Sanitation, dispensaries and jails vaccination Rajputana 1922-1927 - 1922-1927
Year: 1922
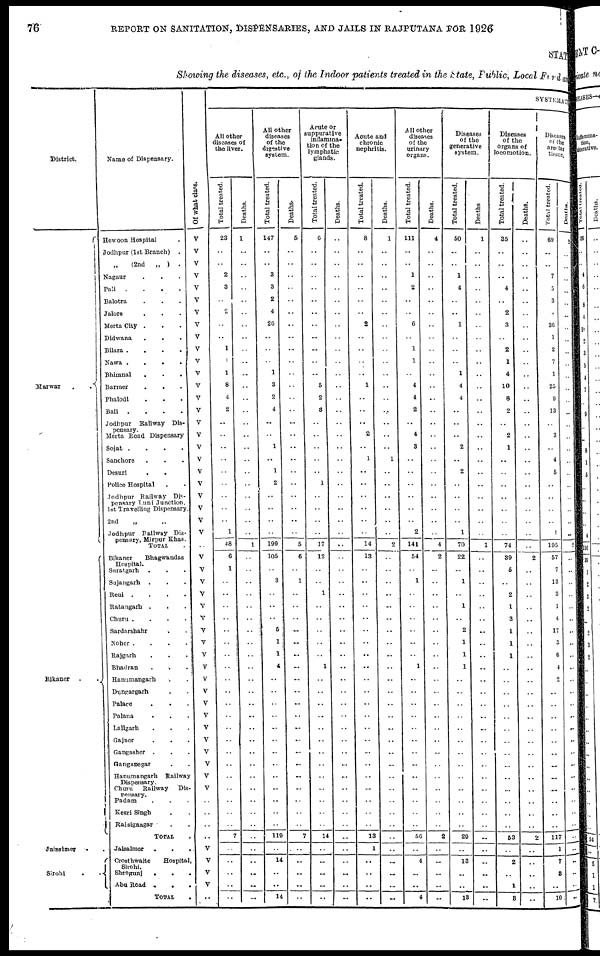
76
REPORT ON SANITATION, DISPENSARIES, AND JAILS IN RAJPUTANA FOR 1926
STATE
Showing the diseases, etc., of the Indoor patients treated in the State, Public, Local Fund and
District.
Marwar
.
.
Bikaner
.
.
Jaisalmer . .
Sirohi . .
Name of Dispensary.
Hewoon Hospital
Jodhpur (1st Branch)
. .
„ (2nd
„ )
.
Nagaur . . .
Pali
.
.
.
.
Balotra . . .
Jalore . . .
Merta City . . .
Didwana . . .
Bilara .
.
.
.
Nawa .
.
.
.
Bhimnal . . .
Barmer
.
. .
Phalodi . . .
Bali
.
.
.
.
Jodhpur Railway Dis-
--------
Merta Road Dispensary
Sojat . . . .
Sanchore . . .
Desuri . .
Police Hospital . .
Jodhpur Railway Dis-
pensary Luni Junction.
1st Travelling Dispensary.
2nd „ „
Jodhpur Railway Dis-
pensary Mirpur Khas.
TOTAL .
Bikaner
Bhagwandas
Hospital.
Suratgarh
.
. .
Sujangarh
. . .
Reni .
.
.
.
Ratangarh . . .
Churu . . . .
Sardarshahr . .
Noher .
.
.
.
Rajgarh . . .
Bhadran . . .
Hanumangarh . .
Dungargarh . .
Palace
. . .
Palana . . .
Lallgarh . . .
Gajner . . .
Gangasher . . .
Ganganegar . .
Hanumangarh
Railway
Dispensary.
Churu
Railway
Dis-
pensary.
Padam . . .
Kesri Singh . .
Raisignagar . .
TOTAL .
Jaisalmer
.
.
.
Crosthwaite
Hospital,
Sirohi.
Sheogunj
.
.
.
Abu Road .
. .
TOTAL .
Of what class.
V
V
V
V
V
V
V
V
V
V
V
V
V
V
V
V
V
V
V
V
V
V
V
V
V
..
V
V
V
V
V
V
V
V
V
V
V
V
V
V
V
V
V
V
V
V
..
..
..
..
V
V
V
V
..
SYSTEMATIC
All other
diseases of
the liver.
Total treated.
23
..
..
2
3
..
2
..
..
1
1
1
8
4
2
..
..
..
..
..
..
..
..
..
1
48
6
1
..
..
..
..
..
..
..
..
..
..
..
..
..
..
..
..
..
..
..
..
..
7
..
..
..
..
..
Deaths.
1
..
..
..
..
..
..
..
..
..
..
..
..
..
..
..
..
..
..
..
..
..
..
..
..
1
..
..
..
..
..
..
..
..
..
..
..
..
..
..
..
..
..
..
..
..
..
..
..
..
..
..
..
..
..
All other
diseases
of the
digestive
system.
Total treated.
147
..
..
3
3
2
4
26
..
..
..
1
3
2
4
..
..
1
..
1
2
..
..
..
..
199
105
..
3
..
..
..
5
1
1
4
..
..
..
..
..
..
..
..
..
..
..
..
..
119
..
14
..
..
14
Deaths.
5
..
..
..
..
..
..
..
..
..
..
..
..
..
..
..
..
..
..
..
..
..
..
..
..
5
6
..
1
..
..
..
..
..
..
..
..
..
..
..
..
..
..
..
..
..
..
..
..
7
..
..
..
..
..
Acute or
suppurative
inflamma-
tion of the
lymphatic
glands.
Total treated.
6
..
..
..
..
..
..
..
..
..
..
..
5
2
3
..
..
..
..
..
1
..
..
..
..
17
12
..
..
1
..
..
..
..
..
1
..
..
..
..
..
..
..
..
..
..
..
..
..
14
..
..
..
..
..
Deaths.
..
..
..
..
..
..
..
..
..
..
..
..
..
..
..
..
..
..
..
..
..
..
..
..
..
..
..
..
..
..
..
..
..
..
..
..
..
..
..
..
..
..
..
..
..
..
..
..
..
..
..
..
..
..
..
Acute and
chronic
nephritis.
Total treated.
8
..
..
..
..
..
..
2
..
..
..
..
1
..
..
..
2
..
1
..
..
..
..
..
..
14
13
..
..
..
..
..
..
..
..
..
..
..
..
..
..
..
..
..
..
..
..
..
..
13
1
..
..
..
..
Deaths.
1
..
..
..
..
..
..
..
..
..
..
..
..
..
..
..
..
..
1
..
..
..
..
..
..
2
..
..
..
..
..
..
..
..
..
..
..
..
..
..
..
..
..
..
..
..
..
..
..
..
..
..
..
..
..
All other
diseases
of the
urinary
organs.
Total treated.
111
..
..
1
2
..
..
6
..
1
1
..
4
4
2
..
4
3
..
..
..
..
..
..
2
141
54
..
1
..
..
..
..
..
..
1
..
..
..
..
..
..
..
..
..
..
..
..
..
56
..
4
..
..
4
Deaths.
4
..
..
..
..
..
..
..
..
..
..
..
..
..
..
..
..
..
..
..
..
..
..
..
..
4
2
..
..
..
..
..
..
..
..
..
..
..
..
..
..
..
..
..
..
..
..
..
..
2
..
..
..
..
..
Diseases
of the
generative
system.
Total treated.
50
..
..
1
4
..
..
1
..
..
..
1
4
4
..
..
..
2
..
2
..
..
..
..
1
70
22
..
1
..
1
..
2
1
1
1
..
..
..
..
..
..
..
..
..
..
..
..
..
29
..
13
..
..
13
Deaths.
1
..
..
..
..
..
..
..
..
..
..
..
..
..
..
..
..
..
..
..
..
..
..
..
..
1
..
..
..
..
..
..
..
..
..
..
..
..
..
..
..
..
..
..
..
..
..
..
..
..
..
..
..
..
..
Diseases
of the
organs of
locomotion.
Total treated.
35
..
..
..
4
..
2
3
..
2
1
4
10
8
2
..
2
1
..
..
..
..
..
..
..
74
39
5
..
2
1
3
1
1
1
..
..
..
..
..
..
..
..
..
..
..
..
..
..
53
..
2
..
1
3
Deaths.
..
..
..
..
..
..
..
..
..
..
..
..
..
..
..
..
..
..
..
..
..
..
..
..
..
..
2
..
..
..
..
..
..
..
..
..
..
..
..
..
..
..
..
..
..
..
..
..
..
2
..
..
..
..
..
Diseases
of the
areolar
tissue.
Total treated.
69
..
..
7
5
3
..
36
1
2
7
1
25
9
13
..
3
..
4
5
..
..
..
..
1
195
57
7
13
3
1
4
17
3
6
4
2
..
..
..
..
..
..
..
..
..
..
..
..
117
1
7
3
..
10
Deaths.
2
..
..
..
..
..
..
..
..
..
..
..
..
..
..
..
..
..
..
..
..
..
..
..
..
2
..
..
..
..
..
..
..
..
..
..
..
..
..
..
..
..
..
..
..
..
..
..
..
..
..
..
..
..
..